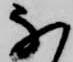
な